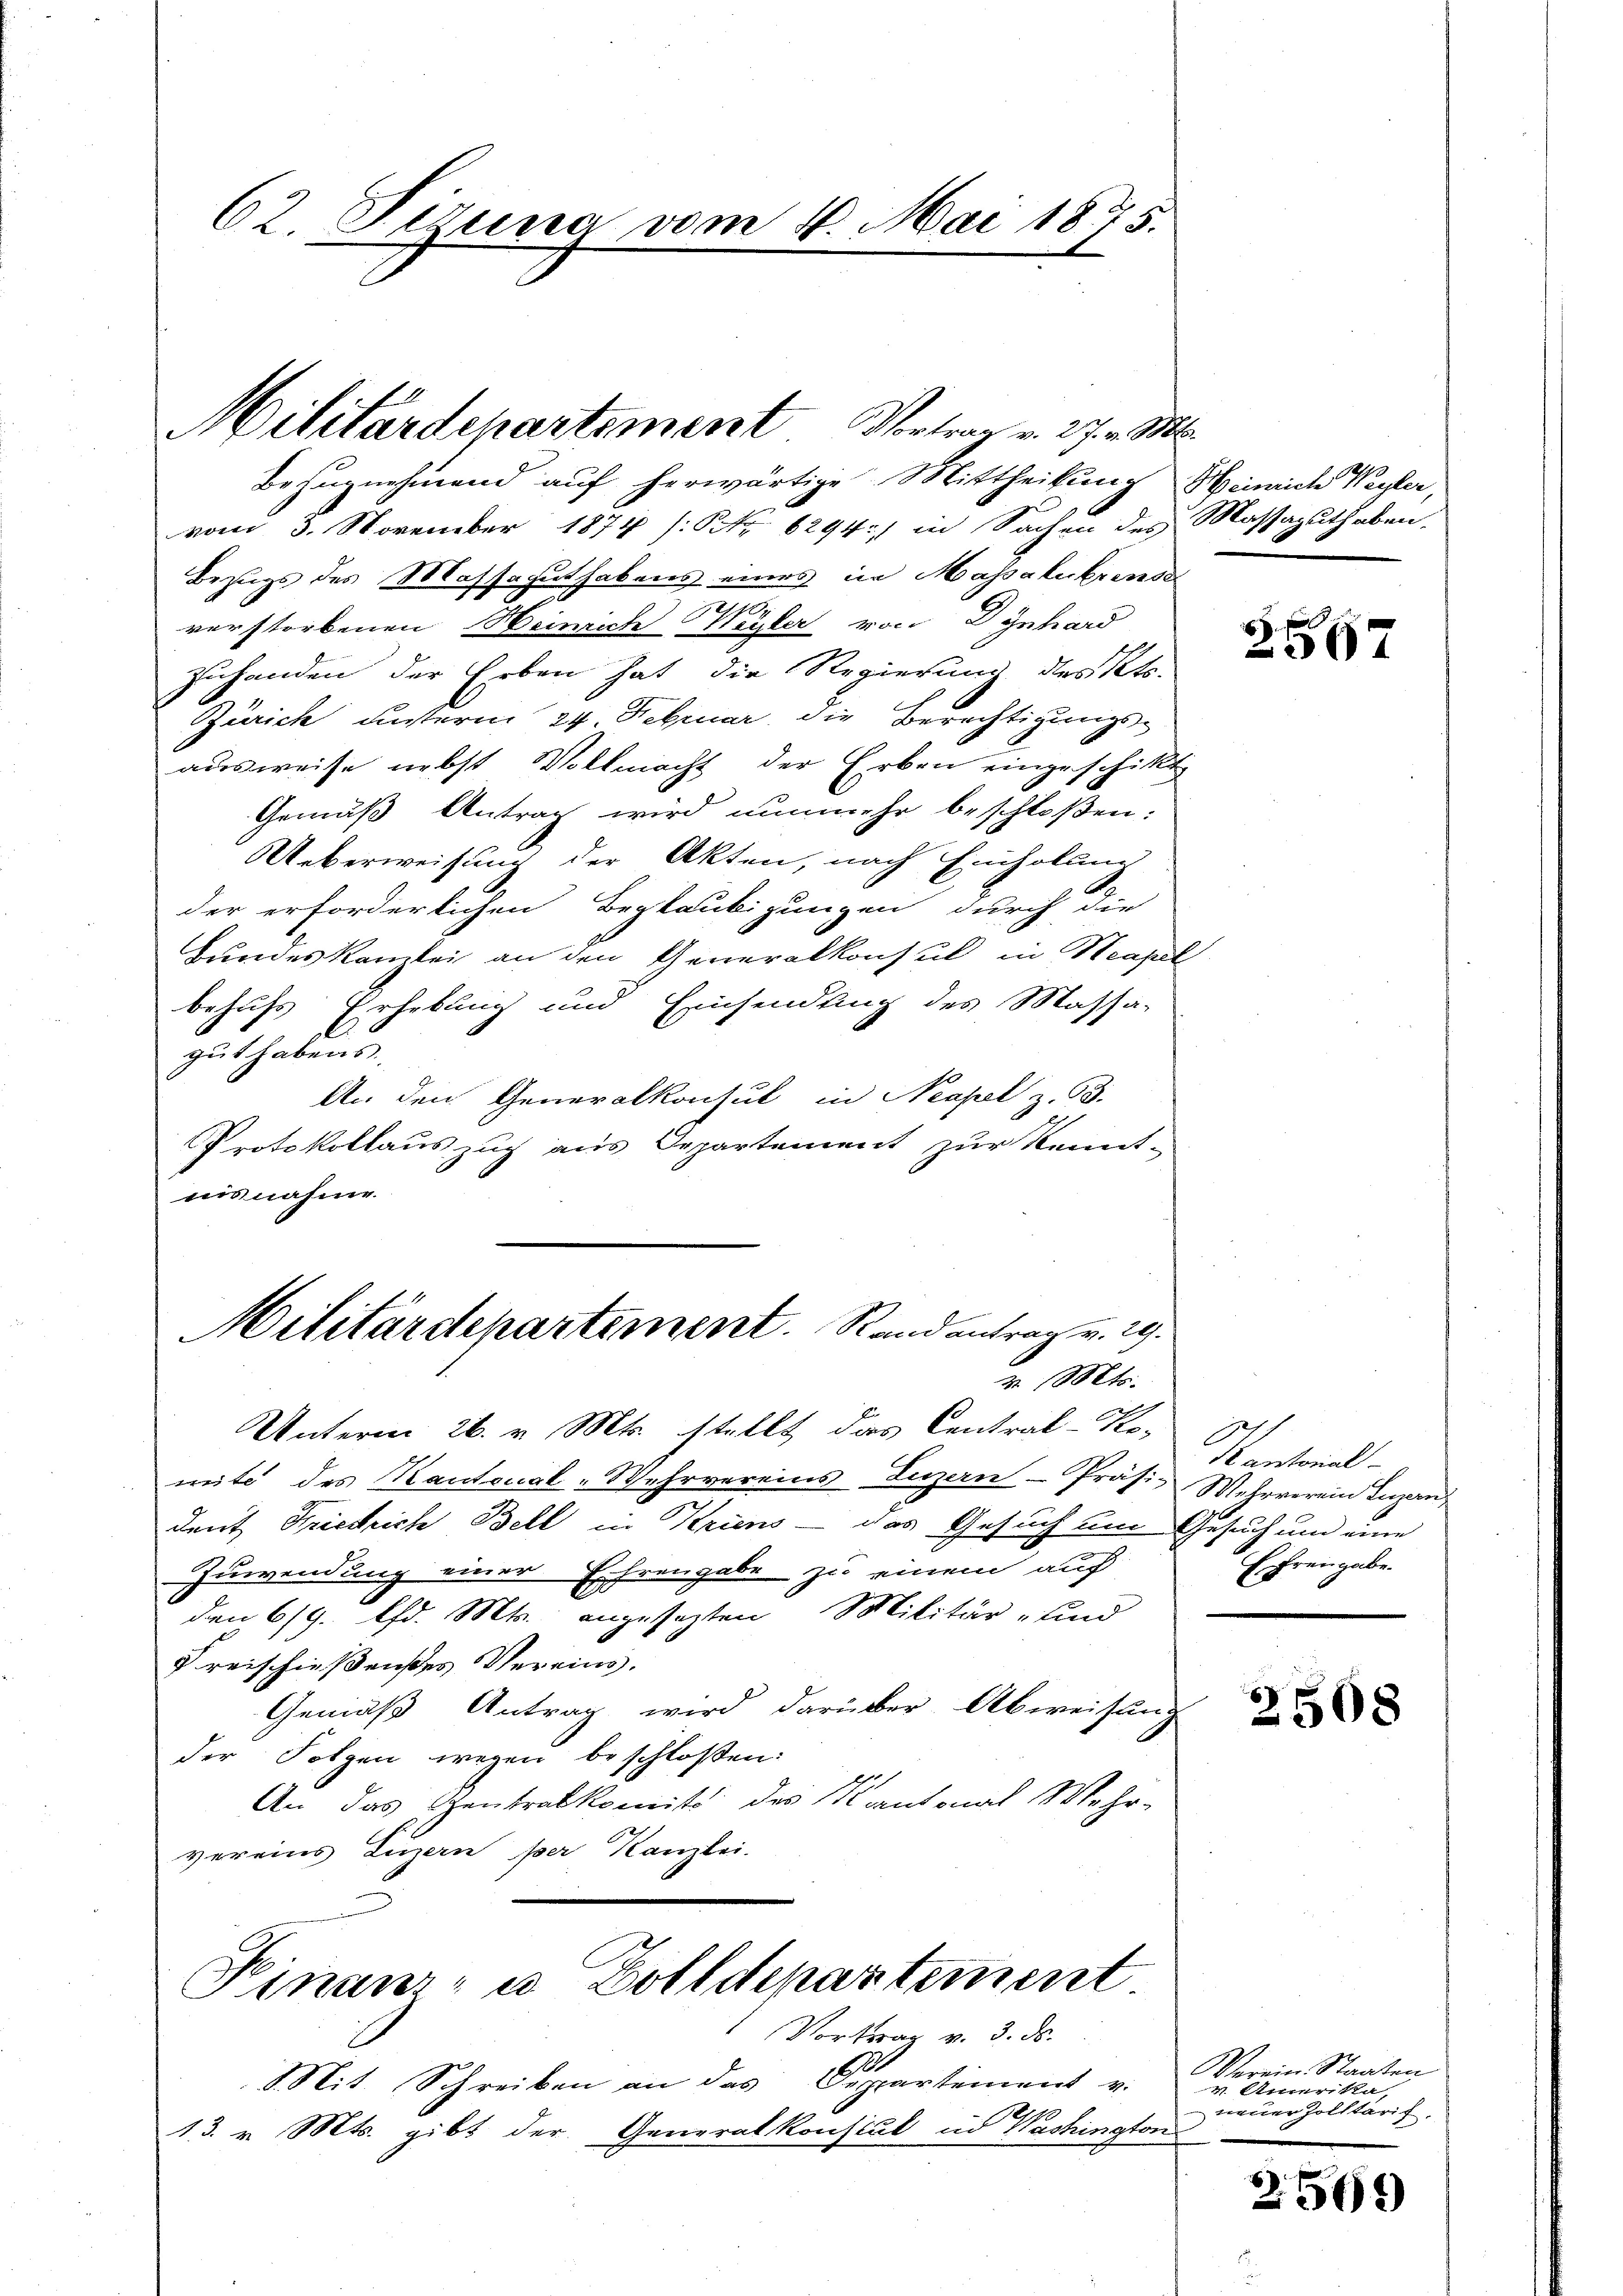
62. Firina vom 14. Mai 1875.

Militärdepartement Vortrag v. 27. v. Ms.

Bezugnehmend auf herwärtige Mittheilung Heinrich Weyler,
vom 3. November 1874 /: No 6294: in Sachen des Massaguthaben,
Bezugs des Massaguthabens eines in Massalukrensd
3
verstorbenen Heinrich Weyler von Dynhard
Zuhanden der Erben hat die Regierung des Kts.
Zürich unsterm 24. Februar die Berechtigungsausweise nebst Vollmacht der Erben eingeschikt
Gemäß Antrag wird nunmehr beschloßen:
Ueberweisung der Akten, nach Einholung
der erforderlichen Beglaubigungen durch die
Bundeskanzlei an den Generalkonsul in Sensel
behufs Erhebung und Einsendung des Massa-
gut habens.
An den Generalkonsul in Neapel z. B.
Protokollauszug aus Departement zur Kennt-
aisnahme.

Militärdepartement. Rand antrag v. 29.
r. Mts.

Unterm 26. v. Mts. stellt, das Central-Komite des Kantonal-Wehrvereins Luzern-Präsi- Mehrverein Luzern,
dent Friedrich Bell in Kriens - das Gesuch um Gesuch und eine
Zuwendung einer Ehrengabe zu einem auch
den 6/9. Chr. Mts. angesezten Militär- und
Preischießenes Vereins.
Gemäß Antrag wird darüber Abweisung
der Folgen wegen beschloßen:
An das Gentralkomit des Kantonal Mehr-
vereins Luzern per Kanzlei.

Hinaur- u Zolldepartement
Vortrag v. 3. ds.

Mit Schreiben an das Departement v.
13. v. Mts. gibt der Generalkonsul in Washingtor.

2567

Kantonal
Ehrengabe.

3508

Verein. Staaten
u Amerika,
neuer Zolltarif
a

2509